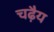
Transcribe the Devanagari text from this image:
चढ़ैय